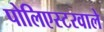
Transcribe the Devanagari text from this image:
पोलिएस्टरवाले